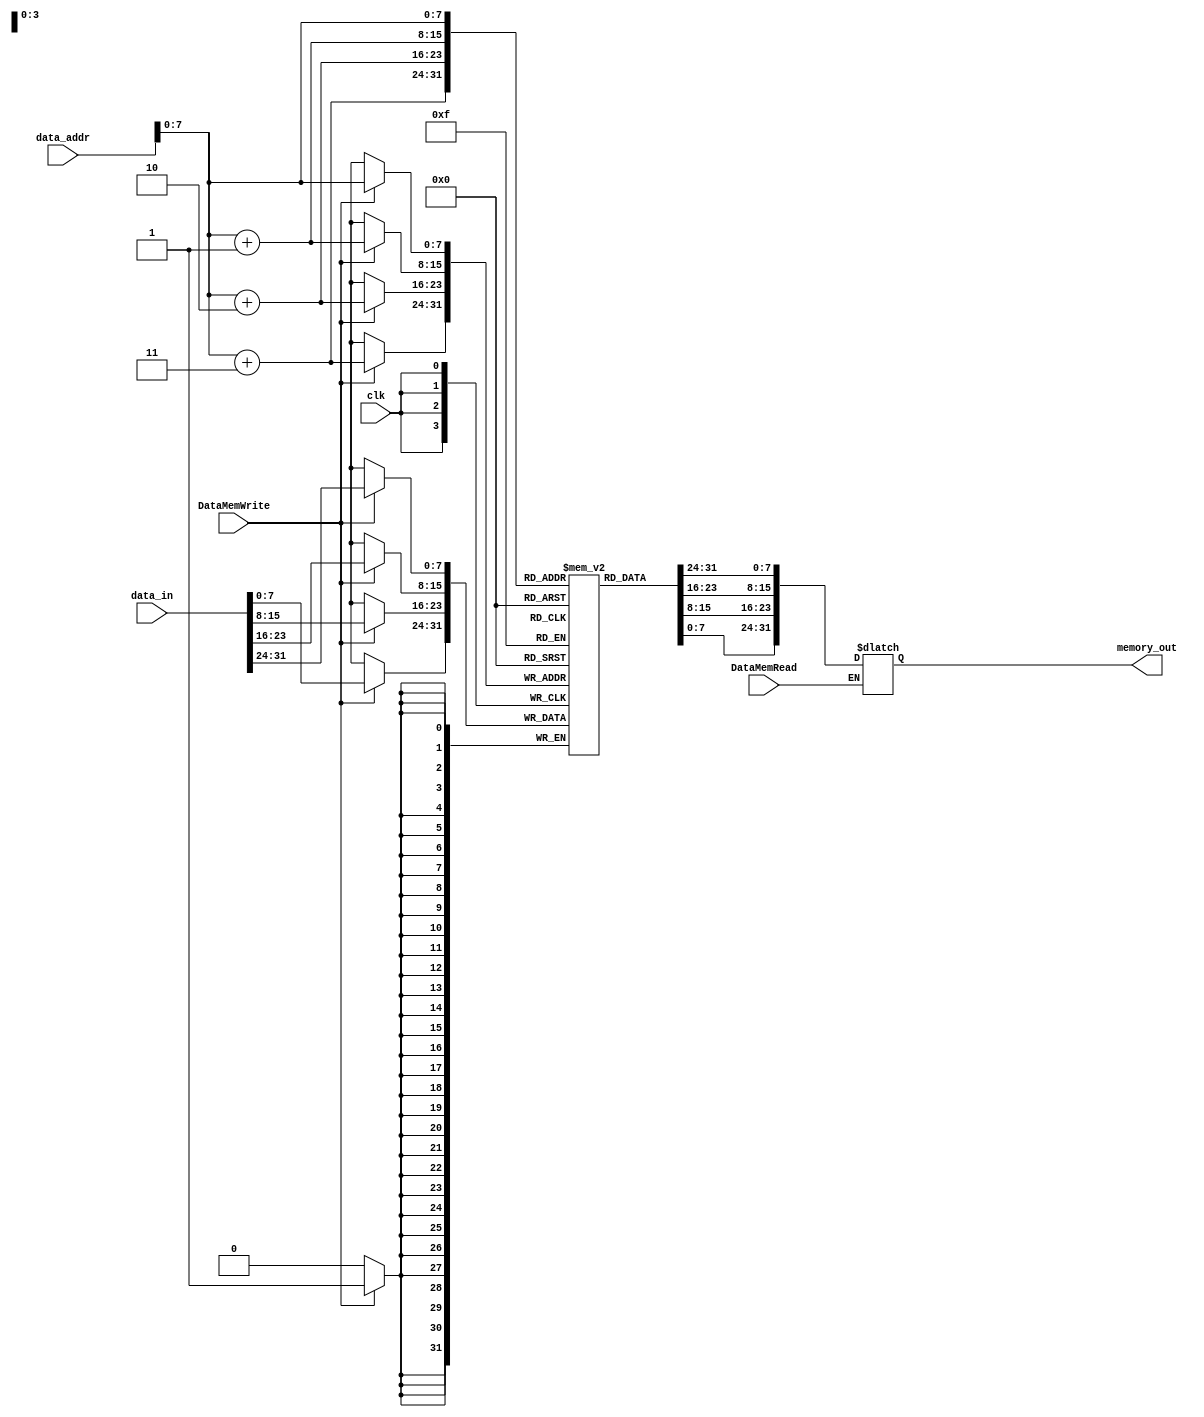
`timescale 1ns / 1ps
//////////////////////////////////////////////////////////////////////////////////
// Company: 
// Engineer: 
// 
// Design Name: 
// Module Name: DataMemory
// Project Name: 
// Target Devices: 
// Tool Versions: 
// Description: 
// 
// Dependencies: 
// 
// Revision:
// Revision 0.01 - File Created
// Additional Comments:
// 
//////////////////////////////////////////////////////////////////////////////////

//
module DataMemory(
    input clk,
    input [31:0] data_addr,
    input [31:0] data_in,
    input DataMemRead,
    input DataMemWrite,
    output reg [31:0] memory_out
    );
    
    reg [7:0] data [255:0];
    
    
    always@ (negedge clk) begin
        if(DataMemWrite == 1) begin
            data[data_addr] = data_in[31:24];
            data[data_addr + 1] = data_in[23:16];
            data[data_addr + 2] = data_in[15:8];
            data[data_addr + 3] = data_in[7:0];
        end
    end
    
    always@ (*) begin
        if(DataMemRead == 1) 
            memory_out = {data[data_addr], data[data_addr + 1], data[data_addr + 2], data[data_addr + 3]};
    end
    
endmodule